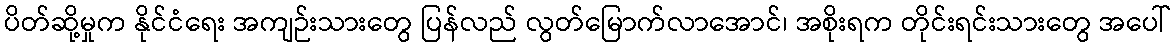
ပိတ်ဆို့မှုက နိုင်ငံရေး အကျဉ်းသားတွေ ပြန်လည် လွတ်မြောက်လာအောင်၊ အစိုးရက တိုင်းရင်းသားတွေ အပေါ်